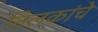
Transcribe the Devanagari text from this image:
तिलकांचे